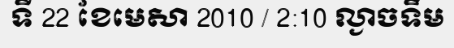
ទី 22 ខែមេសា 2010 / 2:10 ល្ងាចទឹម